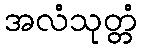
အလံသုတ္တံ